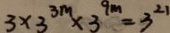
3 \times 3 ^ { 3 m } \times 3 ^ { 9 m } = 3 ^ { 2 1 }